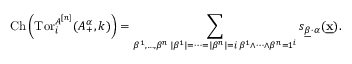
\operatorname { C h } \left( \operatorname { T o r } _ { i } ^ { A ^ { [ n ] } } ( A _ { + } ^ { \alpha } , k ) \right) = \sum _ { \substack { \beta ^ { 1 } , \dots , \beta ^ { n } \, | \beta ^ { 1 } | = \cdots = | \beta ^ { n } | = i \, \beta ^ { 1 } \wedge \cdots \wedge \beta ^ { n } = 1 ^ { i } } } s _ { \underline { { \beta } } \cdot \alpha } ( \underline { { \mathbf { x } } } ) .